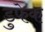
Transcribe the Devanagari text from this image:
डुफेक